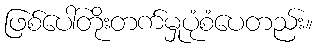
ဖြစ်ပေါ်တိုးတက်မှုပုံစံပေတည်း။